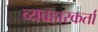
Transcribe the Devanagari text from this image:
व्यवहारकर्ता